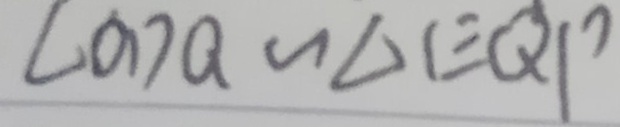
\angle O D Q \sim \Delta E Q P